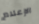
الإعلام